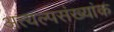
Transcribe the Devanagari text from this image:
अत्यल्पसंख्यांक